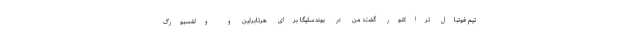
تیم فوتبال تراکتور گفت: من در بوندسلیگا برای هرتابرلین و ولفسبورگ